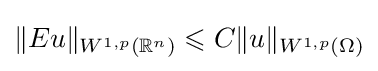
\|Eu\|_{W^{1,p}(\mathbb {R} ^{n})}\leqslant C\|u\|_{W^{1,p}(\Omega )}